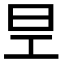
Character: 𭥐